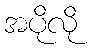
အပိုလို